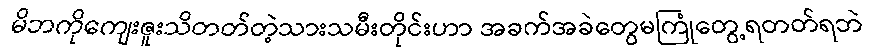
မိဘကိုကျေးဇူးသိတတ်တဲ့သားသမီးတိုင်းဟာ အခက်အခဲတွေမကြုံတွေ့ရတတ်ရဘဲ